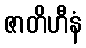
ဇာတိဟီနံ